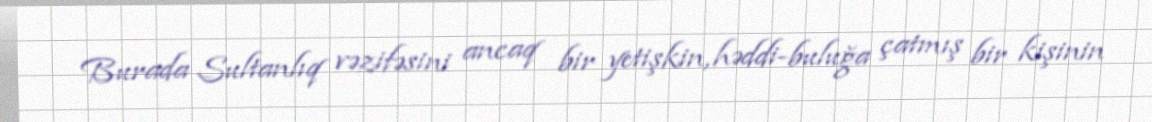
Burada Sultanlıq vəzifəsini ancaq bir yetişkin, həddi-buluğa çatmış bir kişinin